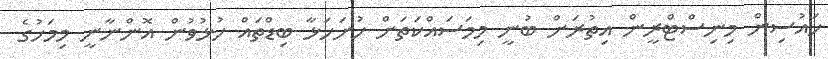
ހައުސިން މިނިސްޓްރީން އިތުރަށް ބުނީ މިމަސައްކަތަށް ހުށަހަޅާ ބިޑްތައް ހުޅުވުން އޮންނާނީ މިމަހުގެ